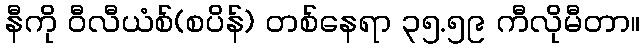
နီကို ဝီလီယံစ်(စပိန်) တစ်နေရာ ၃၅.၅၉ ကီလိုမီတာ။